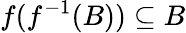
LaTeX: f(f^{-1}(B))\subseteq B